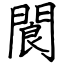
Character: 閬